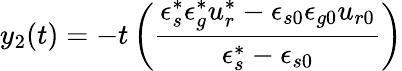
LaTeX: y_{2}(t)=-t\left(\frac{\epsilon_{s}^{*}\epsilon_{g}^{*}u_{r}^{*}-\epsilon_{s0}\epsilon_{g0}u_{r0}}{\epsilon_{s}^{*}-\epsilon_{s0}}\right)